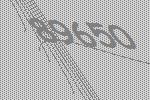
89650